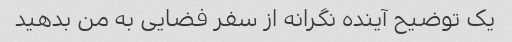
یک توضیح آینده نگرانه از سفر فضایی به من بدهید